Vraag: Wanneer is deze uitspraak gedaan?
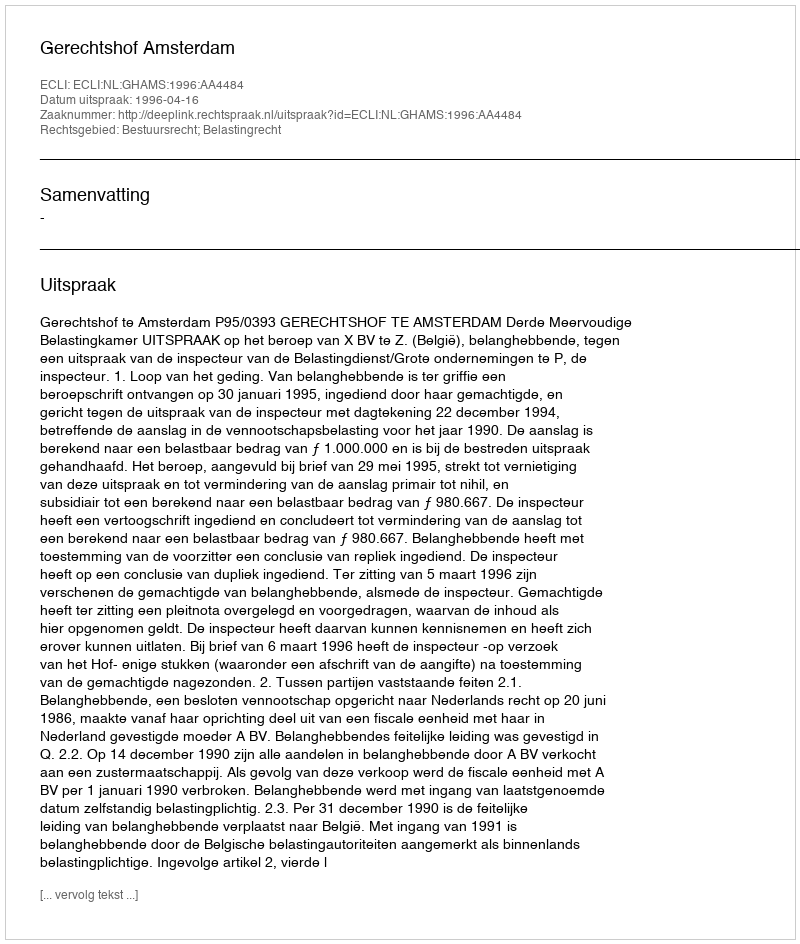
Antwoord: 1996-04-16